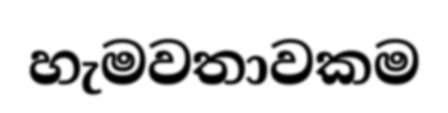
හැමවතාවකම